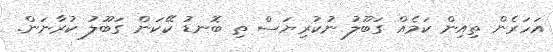
އަހަރެން ތިއިން ކަމެއް ގަބޫލު ނުކުރިޔަސް ތި ބޮނޑު ކޭކަން ގަބޫލު ކުރާނަން.